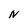
Character: N